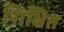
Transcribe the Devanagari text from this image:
शिक्षित